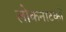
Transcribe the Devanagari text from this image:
लोकनाटकों